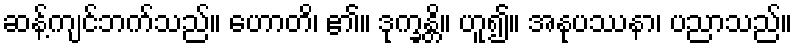
ဆန့်ကျင်ဘက်သည်။ ဟောတိ၊ ၏။ ဒုက္ခန္တိ။ ဟူ၍။ အနုပဿနာ၊ ပညာသည်။